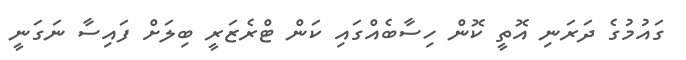
ގައުމުގެ ދަރަނި އޮތީ ކޮން ހިސާބެއްގައި ކަން ޓްރެޒަރީ ބިލަށް ފައިސާ ނަގަނީ